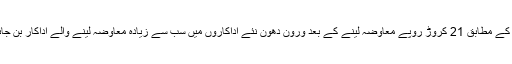
رپورٹ کے مطابق 21 کروڑ روپے معاوضہ لینے کے بعد ورون دھون نئے اداکاروں میں سب سے زیادہ معاوضہ لینے والے اداکار بن جائیں گے۔